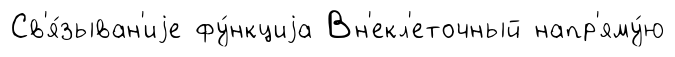
Св'я́зыван'иjе фу́нкциjа Вн'екл'еточный напр'яму́ю